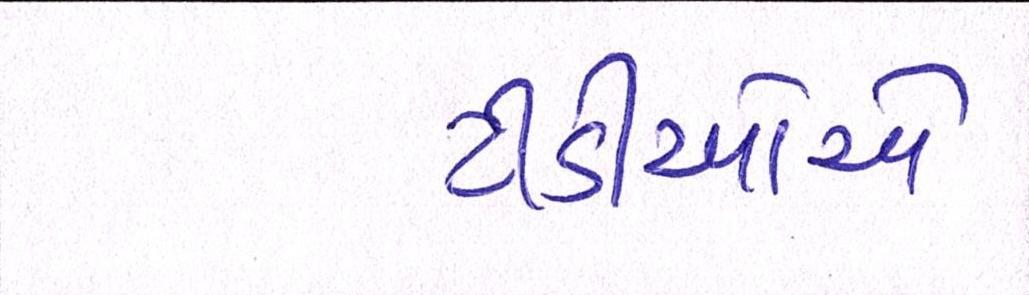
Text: ટીડીઓએ